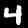
Label: 4